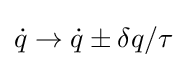
{\dot {q}}\rightarrow {\dot {q}}\pm \delta q/\tau